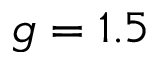
g = 1 . 5